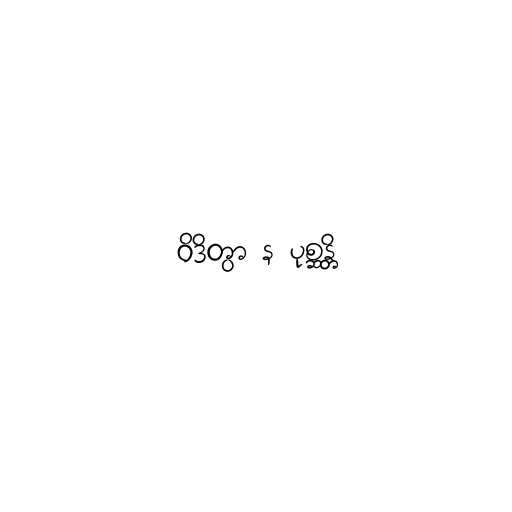
ဝိဒိတွာ န ပုစ္ဆန္တိ